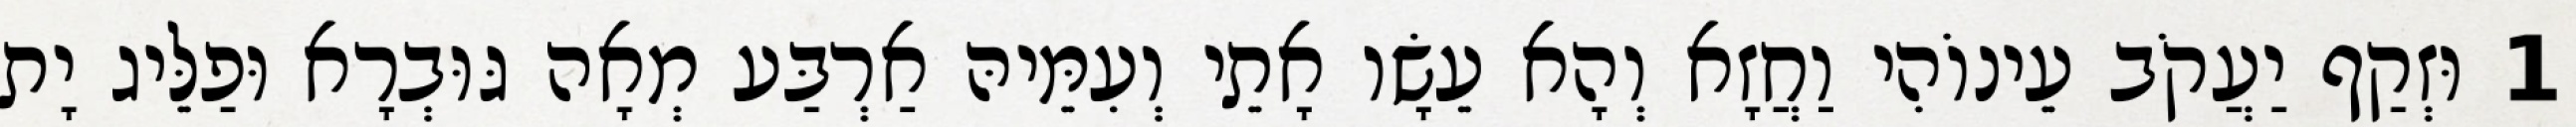
1 וּזְקַף יַעֲקֹב עֵינוֹהִי וַחֲזָא וְהָא עֵשָׂו אָתֵי וְעִמֵּיהּ אַרְבַּע מְאָה גּוּבְרָא וּפַלֵּיג יָת